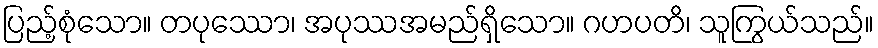
ပြည့်စုံသော။ တပုဿော၊ အပုဿအမည်ရှိသော။ ဂဟပတိ၊ သူကြွယ်သည်။